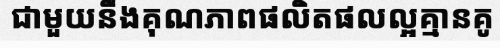
ជាមួយនឹងគុណភាពផលិតផលល្អគ្មានគូ